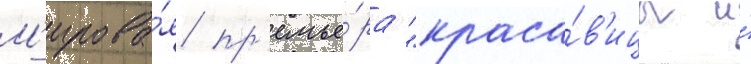
М'ирова́я пр'емье́ра "краса́в'ицы и́